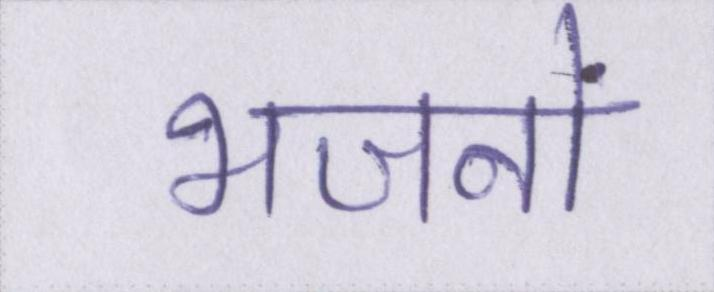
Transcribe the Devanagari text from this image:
भजनों